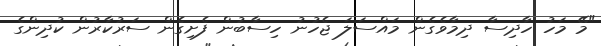
"މޭ މަހު ހާދިސާ ދިމާވެގެން މައްސަލަ ޖެހުނު ހިސާބުން ފެށިގެން ސަރުކާރުން ކުދިންގެ